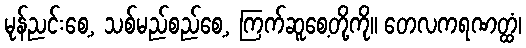
မုန်ညင်းစေ့, သစ်မည်စည်စေ့, ကြက်ဆူစေ့တို့ကို။ တေလကရဏတ္ထံ၊